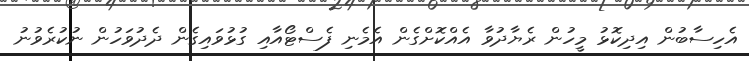
އެހިސާބުން އިދިކޮޅު މީހުން ރެޔާދުވާ އެއްކޮށްގެން އެމެނި ފެސްޓޯއާއި ގުޅުވައިގެން ދެދުވަހުން ނުކުރެވުނު